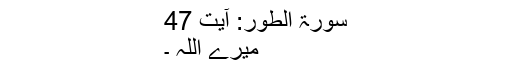
سورۃ الطور: آیت 47
میرے اللہ ۔